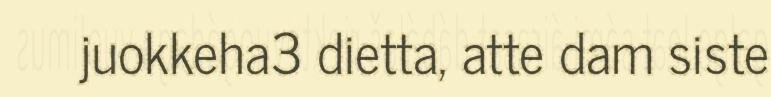
juokkeha3 dietta, atte dam siste